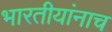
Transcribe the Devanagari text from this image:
भारतीयांनाच